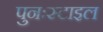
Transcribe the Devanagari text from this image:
पुनःस्टाइल